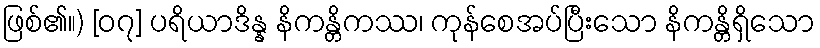
ဖြစ်၏။) [၀၇] ပရိယာဒိန္န နိကန္တိကဿ၊ ကုန်စေအပ်ပြီးသော နိကန္တိရှိသော